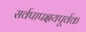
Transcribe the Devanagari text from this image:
सर्वपापक्षयपूर्वक